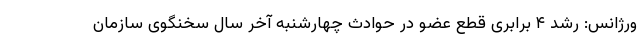
ورژانس: رشد ۴ برابری قطع عضو در حوادث چهارشنبه آخر سال سخنگوی سازمان